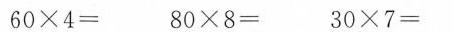
$$6 0 \times 4 =$$ $$8 0 \times 8 =$$ $$3 0 \times 7 =$$